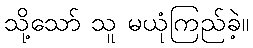
သို့သော် သူ မယုံကြည်ခဲ့။